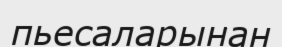
пьесаларынан